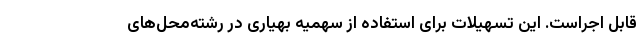
قابل اجراست. این تسهیلات برای استفاده از سهمیه بهیاری در رشته‌محل‌های